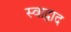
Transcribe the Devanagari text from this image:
स्वाद्वाद